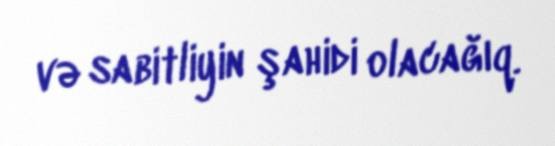
və sabitliyin şahidi olacağıq.